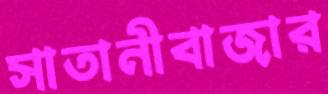
সাতানীবাজার